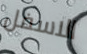
الاسفل